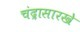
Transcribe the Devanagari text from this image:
चंद्रासारखे